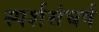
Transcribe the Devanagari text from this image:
स्पर्शसंघर्ष